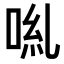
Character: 𠴄